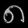
Digit: ၈